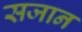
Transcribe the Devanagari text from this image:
सजान